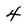
Character: 4